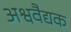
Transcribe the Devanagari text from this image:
अश्ववैद्यक